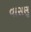
વાસણૢ